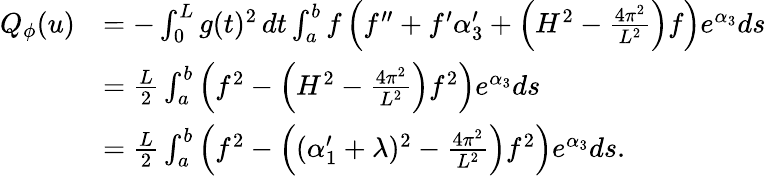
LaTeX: \begin{array}{rl}{Q_{\phi}(u)}&{=-\int_{0}^{L}g(t)^{2}\, dt\int_{a}^{b}f\left(f^{\prime\prime}+f^{\prime}\alpha_{3}^{\prime}+\left(H^{2}-\frac{4\pi^{2}}{L^{2}}\right)f\right)e^{\alpha_{3}}ds}\\ &{=\frac{L}{2}\int_{a}^{b}\left(f^{2}-\left(H^{2}-\frac{4\pi^{2}}{L^{2}}\right)f^{2}\right)e^{\alpha_{3}}ds}\\ &{=\frac{L}{2}\int_{a}^{b}\left(f^{2}-\left((\alpha_{1}^{\prime}+\lambda)^{2}-\frac{4\pi^{2}}{L^{2}}\right)f^{2}\right)e^{\alpha_{3}}ds.}\end{array}